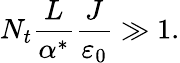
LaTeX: N_{t}\frac{L}{{\alpha}^{*}}\frac{J}{{\varepsilon}_{0}}\gg 1.